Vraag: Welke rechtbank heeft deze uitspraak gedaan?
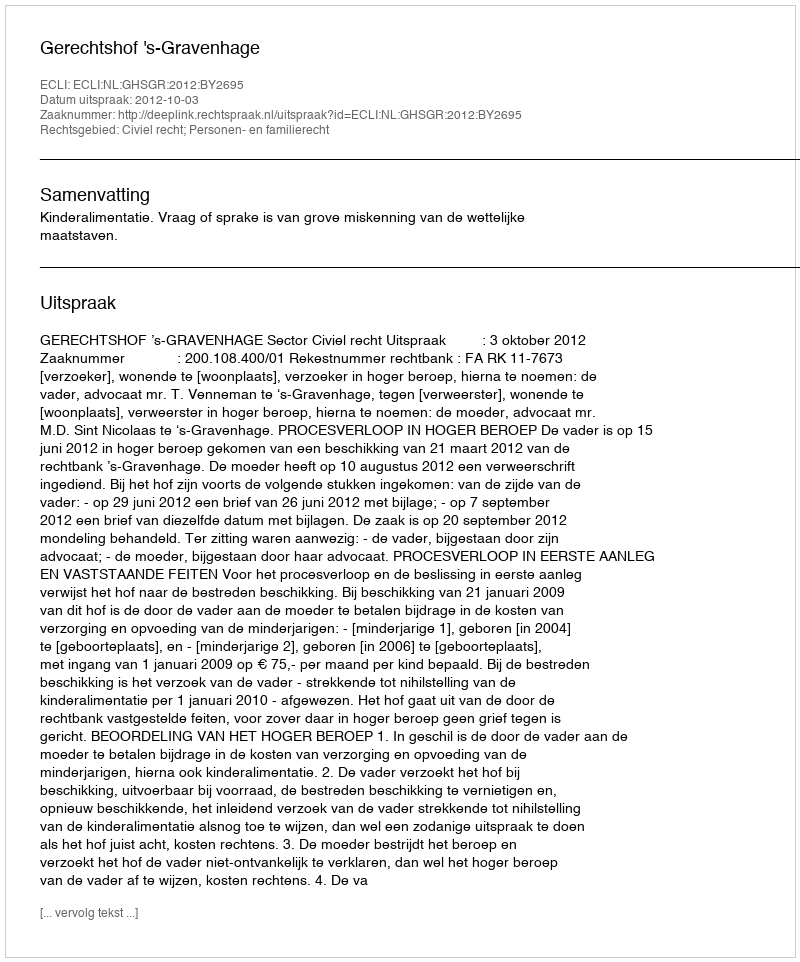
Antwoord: Gerechtshof 's-Gravenhage